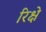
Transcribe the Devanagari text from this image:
रिक्षे